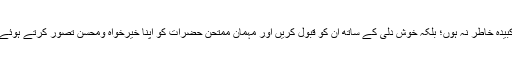
نیز ممتحن حضرات کی نشان زدہ خامیوں اور غلطیوں پر کبیدہ خاطر نہ ہوں؛ بلکہ خوش دلی کے ساتھ ان کو قبول کریں اور مہمان ممتحن حضرات کو اپنا خیرخواہ ومحسن تصور کرتے ہوئے اپنے ادارہ میں انھیں بلانے کا سلسلہ متواتر جاری رکھیں۔